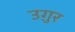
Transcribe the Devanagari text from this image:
उग़ुर